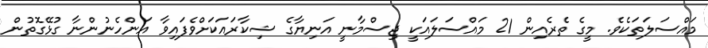
މައްސަލަތަކެވެ. މީގެ ތެރެއިން 21 މައްސަލައަކީ ޖިސްމާނީ އަނިޔާގެ ޝިކާރައަކަށްވެފައިވާ އަންހެނުންނާ ގުޅޭގޮތުން